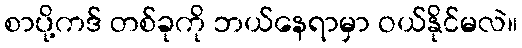
စာပို့ကဒ် တစ်ခုကို ဘယ်နေရာမှာ ဝယ်နိုင်မလဲ။